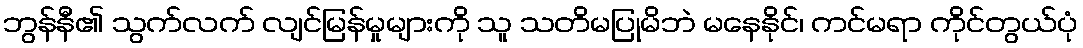
ဘွန်နီ၏ သွက်လက် လျင်မြန်မှုများကို သူ သတိမပြုမိဘဲ မနေနိုင်၊ ကင်မရာ ကိုင်တွယ်ပုံ